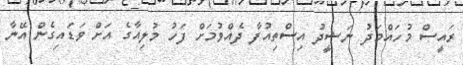
ރައީސް މުހައްމަދު ނަޝީދު އިސްތިއުފާ ދެއްވުމަށް ފަހު މުލިއާގެ އަށް ވަޑައިގެން އޭނާ